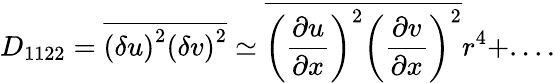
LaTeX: D_{1122}=\overline{{\left(\delta u\right)^{2}\left(\delta v\right)^{2}}}\simeq\overline{{\left(\frac{\partial u}{\partial x}\right)^{2}\left(\frac{\partial v}{\partial x}\right)^{2}}}r^{4}+....